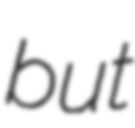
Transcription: but